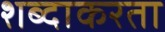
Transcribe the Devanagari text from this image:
शब्दाकरता